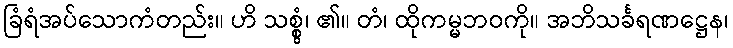
ခြံရံအပ်သောကံတည်း။ ဟိ သစ္စွံ၊ ၏။ တံ၊ ထိုကမ္မဘဝကို။ အဘိသင်္ခရဏဋ္ဌေန၊